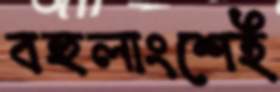
বহুলাংশেই